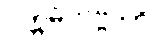
ပက္ကမိတဗ္ဗာတိ